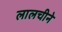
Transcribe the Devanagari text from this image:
लालचीने